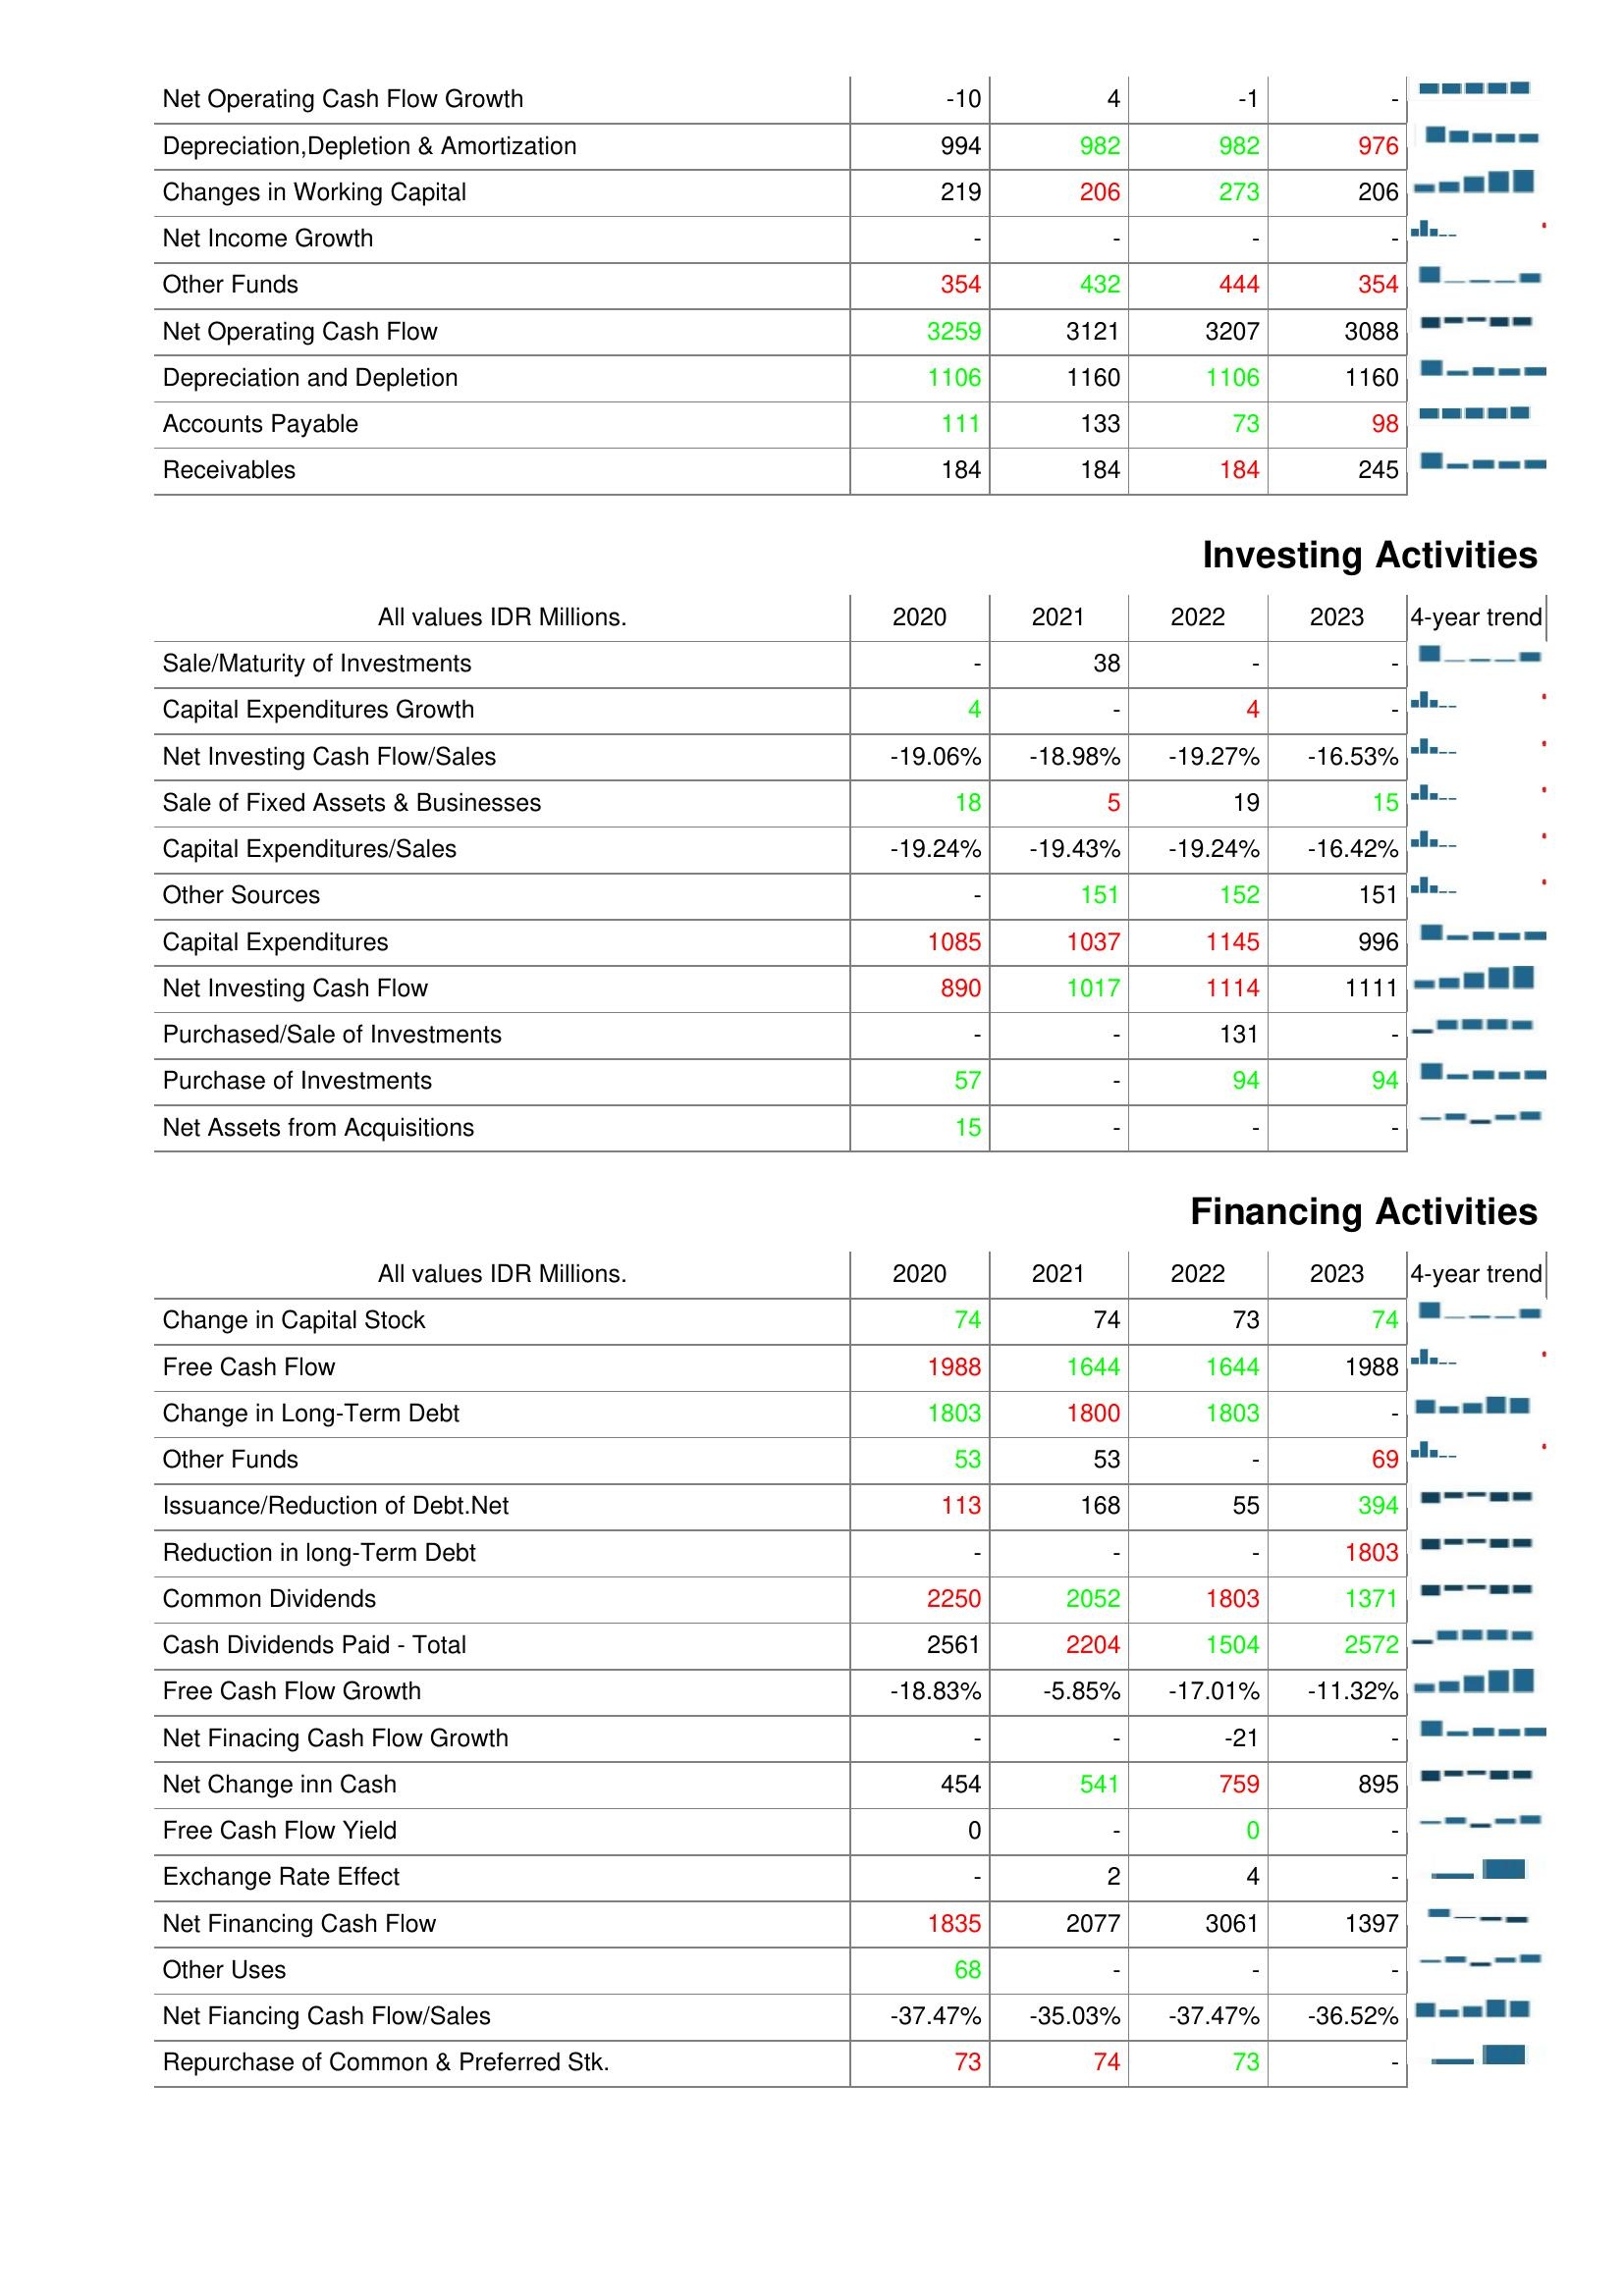
2020: Operating Activities: Net Operating Cash Flow Growth: -10
Depreciation,Depletion & Amortization: 994
Changes in Working Capital: 219
Net Income Growth: -
Other Funds: 354
Net Operating Cash Flow: 3259
Depreciation and Depletion: 1106
Accounts Payable: 111
Receivables: 184
Investing Activities: Sale/Maturity of Investments: -
Capital Expenditures Growth: 4
Net Investing Cash Flow/Sales: -19.06%
Sale of Fixed Assets & Businesses: 18
Capital Expenditures/Sales: -19.24%
Other Sources: -
Capital Expenditures: 1085
Net Investing Cash Flow: 890
Purchased/Sale of Investments: -
Purchase of Investments: 57
Net Assets from Acquisitions: 15
Financing Activities: Change in Capital Stock: 74
Free Cash Flow: 1988
Change in Long-Term Debt: 1803
Other Funds: 53
Issuance/Reduction of Debt.Net: 113
Reduction in long-Term Debt: -
Common Dividends: 2250
Cash Dividends Paid - Total: 2561
Free Cash Flow Growth: -18.83%
Net Finacing Cash Flow Growth: -
Net Change inn Cash: 454
Free Cash Flow Yield: 0
Exchange Rate Effect: -
Net Financing Cash Flow: 1835
Other Uses: 68
Net Fiancing Cash Flow/Sales: -37.47%
Repurchase of Common & Preferred Stk.: 73
2021: Operating Activities: Net Operating Cash Flow Growth: 4
Depreciation,Depletion & Amortization: 982
Changes in Working Capital: 206
Net Income Growth: -
Other Funds: 432
Net Operating Cash Flow: 3121
Depreciation and Depletion: 1160
Accounts Payable: 133
Receivables: 184
Investing Activities: Sale/Maturity of Investments: 38
Capital Expenditures Growth: -
Net Investing Cash Flow/Sales: -18.98%
Sale of Fixed Assets & Businesses: 5
Capital Expenditures/Sales: -19.43%
Other Sources: 151
Capital Expenditures: 1037
Net Investing Cash Flow: 1017
Purchased/Sale of Investments: -
Purchase of Investments: -
Net Assets from Acquisitions: -
Financing Activities: Change in Capital Stock: 74
Free Cash Flow: 1644
Change in Long-Term Debt: 1800
Other Funds: 53
Issuance/Reduction of Debt.Net: 168
Reduction in long-Term Debt: -
Common Dividends: 2052
Cash Dividends Paid - Total: 2204
Free Cash Flow Growth: -5.85%
Net Finacing Cash Flow Growth: -
Net Change inn Cash: 541
Free Cash Flow Yield: -
Exchange Rate Effect: 2
Net Financing Cash Flow: 2077
Other Uses: -
Net Fiancing Cash Flow/Sales: -35.03%
Repurchase of Common & Preferred Stk.: 74
2022: Operating Activities: Net Operating Cash Flow Growth: -1
Depreciation,Depletion & Amortization: 982
Changes in Working Capital: 273
Net Income Growth: -
Other Funds: 444
Net Operating Cash Flow: 3207
Depreciation and Depletion: 1106
Accounts Payable: 73
Receivables: 184
Investing Activities: Sale/Maturity of Investments: -
Capital Expenditures Growth: 4
Net Investing Cash Flow/Sales: -19.27%
Sale of Fixed Assets & Businesses: 19
Capital Expenditures/Sales: -19.24%
Other Sources: 152
Capital Expenditures: 1145
Net Investing Cash Flow: 1114
Purchased/Sale of Investments: 131
Purchase of Investments: 94
Net Assets from Acquisitions: -
Financing Activities: Change in Capital Stock: 73
Free Cash Flow: 1644
Change in Long-Term Debt: 1803
Other Funds: -
Issuance/Reduction of Debt.Net: 55
Reduction in long-Term Debt: -
Common Dividends: 1803
Cash Dividends Paid - Total: 1504
Free Cash Flow Growth: -17.01%
Net Finacing Cash Flow Growth: -21
Net Change inn Cash: 759
Free Cash Flow Yield: 0
Exchange Rate Effect: 4
Net Financing Cash Flow: 3061
Other Uses: -
Net Fiancing Cash Flow/Sales: -37.47%
Repurchase of Common & Preferred Stk.: 73
2023: Operating Activities: Net Operating Cash Flow Growth: -
Depreciation,Depletion & Amortization: 976
Changes in Working Capital: 206
Net Income Growth: -
Other Funds: 354
Net Operating Cash Flow: 3088
Depreciation and Depletion: 1160
Accounts Payable: 98
Receivables: 245
Investing Activities: Sale/Maturity of Investments: -
Capital Expenditures Growth: -
Net Investing Cash Flow/Sales: -16.53%
Sale of Fixed Assets & Businesses: 15
Capital Expenditures/Sales: -16.42%
Other Sources: 151
Capital Expenditures: 996
Net Investing Cash Flow: 1111
Purchased/Sale of Investments: -
Purchase of Investments: 94
Net Assets from Acquisitions: -
Financing Activities: Change in Capital Stock: 74
Free Cash Flow: 1988
Change in Long-Term Debt: -
Other Funds: 69
Issuance/Reduction of Debt.Net: 394
Reduction in long-Term Debt: 1803
Common Dividends: 1371
Cash Dividends Paid - Total: 2572
Free Cash Flow Growth: -11.32%
Net Finacing Cash Flow Growth: -
Net Change inn Cash: 895
Free Cash Flow Yield: -
Exchange Rate Effect: -
Net Financing Cash Flow: 1397
Other Uses: -
Net Fiancing Cash Flow/Sales: -36.52%
Repurchase of Common & Preferred Stk.: -